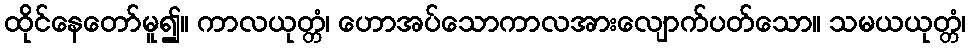
ထိုင်နေတော်မူ၍။ ကာလယုတ္တံ၊ ဟောအပ်သောကာလအားလျောက်ပတ်သော။ သမယယုတ္တံ၊